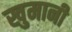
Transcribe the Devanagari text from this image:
खुमानी